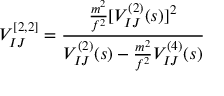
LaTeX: V _ { I J } ^ { [ 2 , 2 ] } = { \frac { \frac { m ^ { 2 } } { f ^ { 2 } } [ V _ { I J } ^ { ( 2 ) } ( s ) ] ^ { 2 } } { V _ { I J } ^ { ( 2 ) } ( s ) - \frac { m ^ { 2 } } { f ^ { 2 } } V _ { I J } ^ { ( 4 ) } ( s ) } }